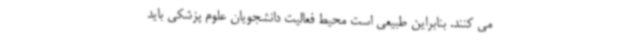
می کنند. بنابراین طبیعی است محیط فعالیت دانشجویان علوم پزشکی باید